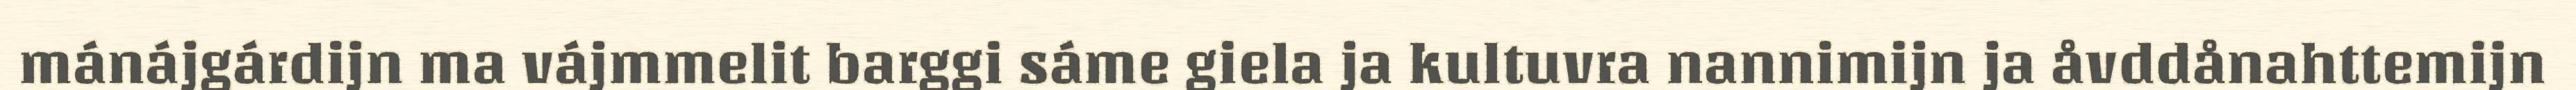
mánájgárdijn ma vájmmelit barggi sáme giela ja kultuvra nannimijn ja åvddånahttemijn